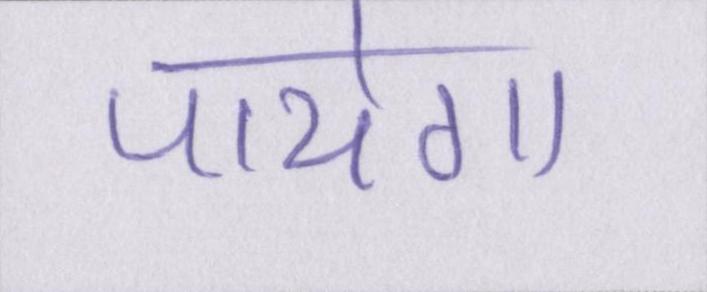
पायेगा